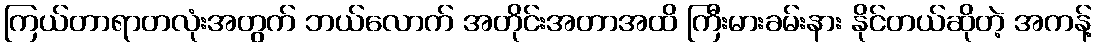
ကြယ်တာရာတလုံးအတွက် ဘယ်လောက် အတိုင်းအတာအထိ ကြီးမားခမ်းနား နိုင်တယ်ဆိုတဲ့ အကန့်